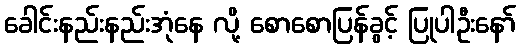
ခေါင်းနည်းနည်းအုံနေ လို့ စောစောပြန်ခွင့် ပြုပါဦးနော်